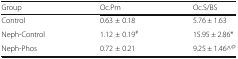
| Group | Oc.Pm | Oc.S/BS |
 | --- | --- | --- |
 | Control | 0.63 ± 0.18 | 5.76 ± 1.63 |
 | Neph-Control | 1.12 ± 0.19# | 15.95 ± 2.86* |
 | Neph-Phos | 0.72 ± 0.21 | 9.25 ± 1.46^@ |